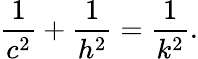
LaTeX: {\frac{1}{c^{2}}}+{\frac{1}{h^{2}}}={\frac{1}{k^{2}}}.